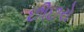
છીછરો